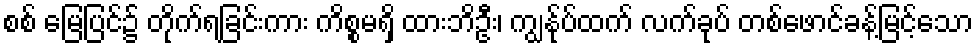
စစ် မြေပြင်၌ တိုက်ရခြင်းကား ကိစ္စမရှိ ထားဘိဦး၊ ကျွန်ုပ်ထက် လက်ခုပ် တစ်ဖောင်ခန့်မြင့်သော